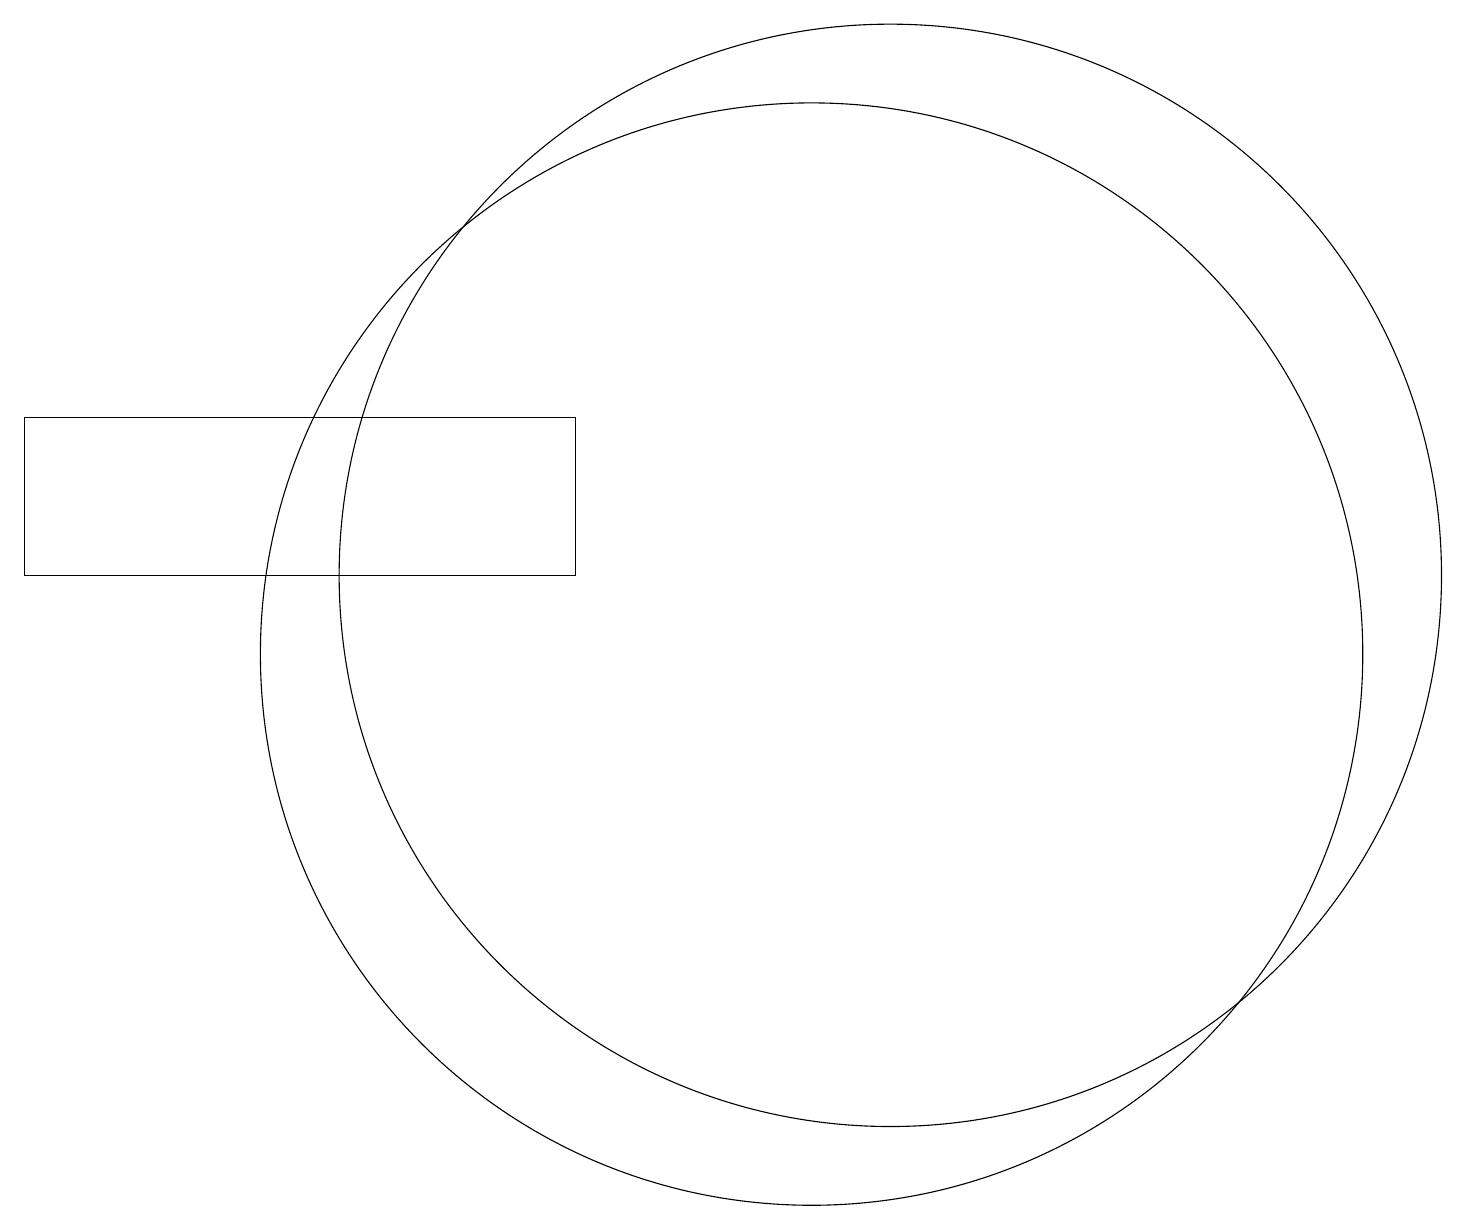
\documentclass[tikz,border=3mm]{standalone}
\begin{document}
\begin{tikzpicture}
\draw (12,11) circle (7);
\draw (11,10) circle (7);
\draw (8,13) rectangle (1,11);
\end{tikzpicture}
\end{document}